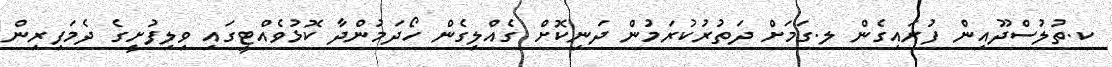
ކ.ތުލުސްދޫއިން ފުރައިގެން ލ.ގަމަށް ދަތުރުކުރަމުން ދަނިކޮށް ގެއްލިގެން ހޯދަމުންދާ ކޮޅުވެއްޓީގައި ވިލިފުށީގެ ދެމަފިރިން